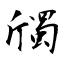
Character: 斶